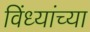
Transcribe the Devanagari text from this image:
विंध्यांच्या